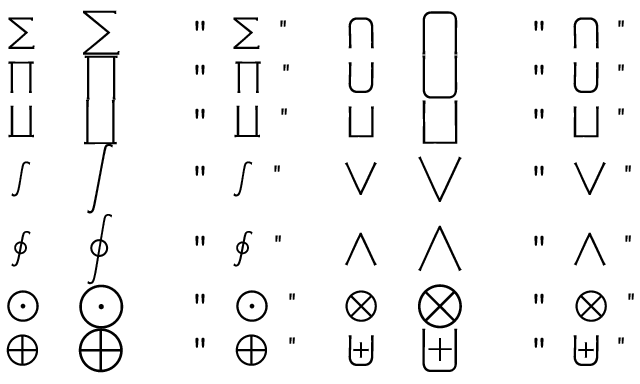
\begin{array} { c c l c c l } { \sum } & { \displaystyle \sum } & { \mathrm { ~ \verb ~ " ~ \sum ~ " ~ } } & { \bigcap } & { \displaystyle \bigcap } & { \mathrm { ~ \verb ~ " ~ \bigcap ~ " ~ } } \\ { \prod } & { \displaystyle \prod } & { \mathrm { ~ \verb ~ " ~ \prod ~ " ~ } } & { \bigcup } & { \displaystyle \bigcup } & { \mathrm { ~ \verb ~ " ~ \bigcup ~ " ~ } } \\ { \coprod } & { \displaystyle \coprod } & { \mathrm { ~ \verb ~ " ~ \coprod ~ " ~ } } & { \bigsqcup } & { \displaystyle \bigsqcup } & { \mathrm { ~ \verb ~ " ~ \bigsqcup ~ " ~ } } \\ { \int } & { \displaystyle \int } & { \mathrm { ~ \verb ~ " ~ \int ~ " ~ } } & { \bigvee } & { \displaystyle \bigvee } & { \mathrm { ~ \verb ~ " ~ \bigvee ~ " ~ } } \\ { \oint } & { \displaystyle \oint } & { \mathrm { ~ \verb ~ " ~ \oint ~ " ~ } } & { \bigwedge } & { \displaystyle \bigwedge } & { \mathrm { ~ \verb ~ " ~ \bigwedge ~ " ~ } } \\ { \bigodot } & { \displaystyle \bigodot } & { \mathrm { ~ \verb ~ " ~ \bigodot ~ " ~ } } & { \bigotimes } & { \displaystyle \bigotimes } & { \mathrm { ~ \verb ~ " ~ \bigotimes ~ " ~ } } \\ { \bigoplus } & { \displaystyle \bigoplus } & { \mathrm { ~ \verb ~ " ~ \bigoplus ~ " ~ } } & { \biguplus } & { \displaystyle \biguplus } & { \mathrm { ~ \verb ~ " ~ \biguplus ~ " ~ } } \end{array}